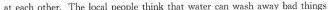
at each other.The local people think that water can wash away bad things